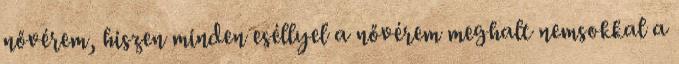
nővérem, hiszen minden eséllyel a nővérem meghalt nemsokkal a